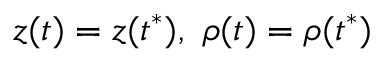
z ( t ) = z ( t ^ { * } ) , \ \rho ( t ) = \rho ( t ^ { * } )